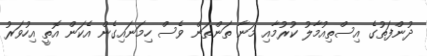
ދުންފަތުގެ އިސްތިއުމާލު ކުރުމާއި މަނާ ތަންތަން ވެސް ހިމަނައިގެން އެކަން އޮތީ އިހުވަރު